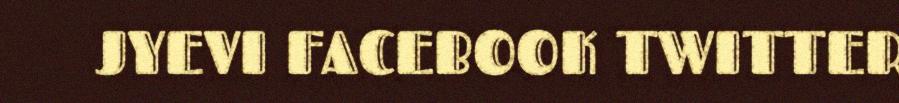
JYEVI FACEBOOK TWITTER